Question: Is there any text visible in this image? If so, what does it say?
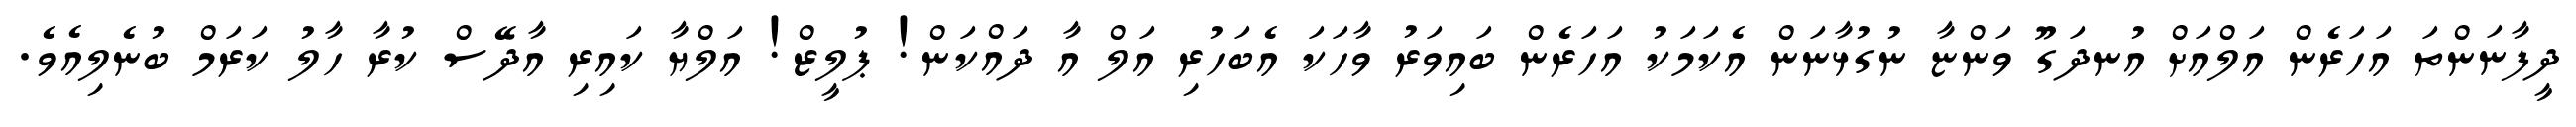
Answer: ދީފާނަންތަ އަހަރެން އަލްއަށް އުނދަގޫ ވަންޏާ ނުގުޅާނަން އެކަމަކު އަހަރެން ބައިވަރު ވާހަކަ އެބަހުރި އަލް އާ ދައްކަން! ޕުލީޒް! އަލްޔާ ކައިރި އާދޭސް ކުރާ ހާލު ކަރަމް ބުނެލިއެވެ.